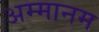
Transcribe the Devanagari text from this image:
अम्मानम